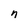
Character: n